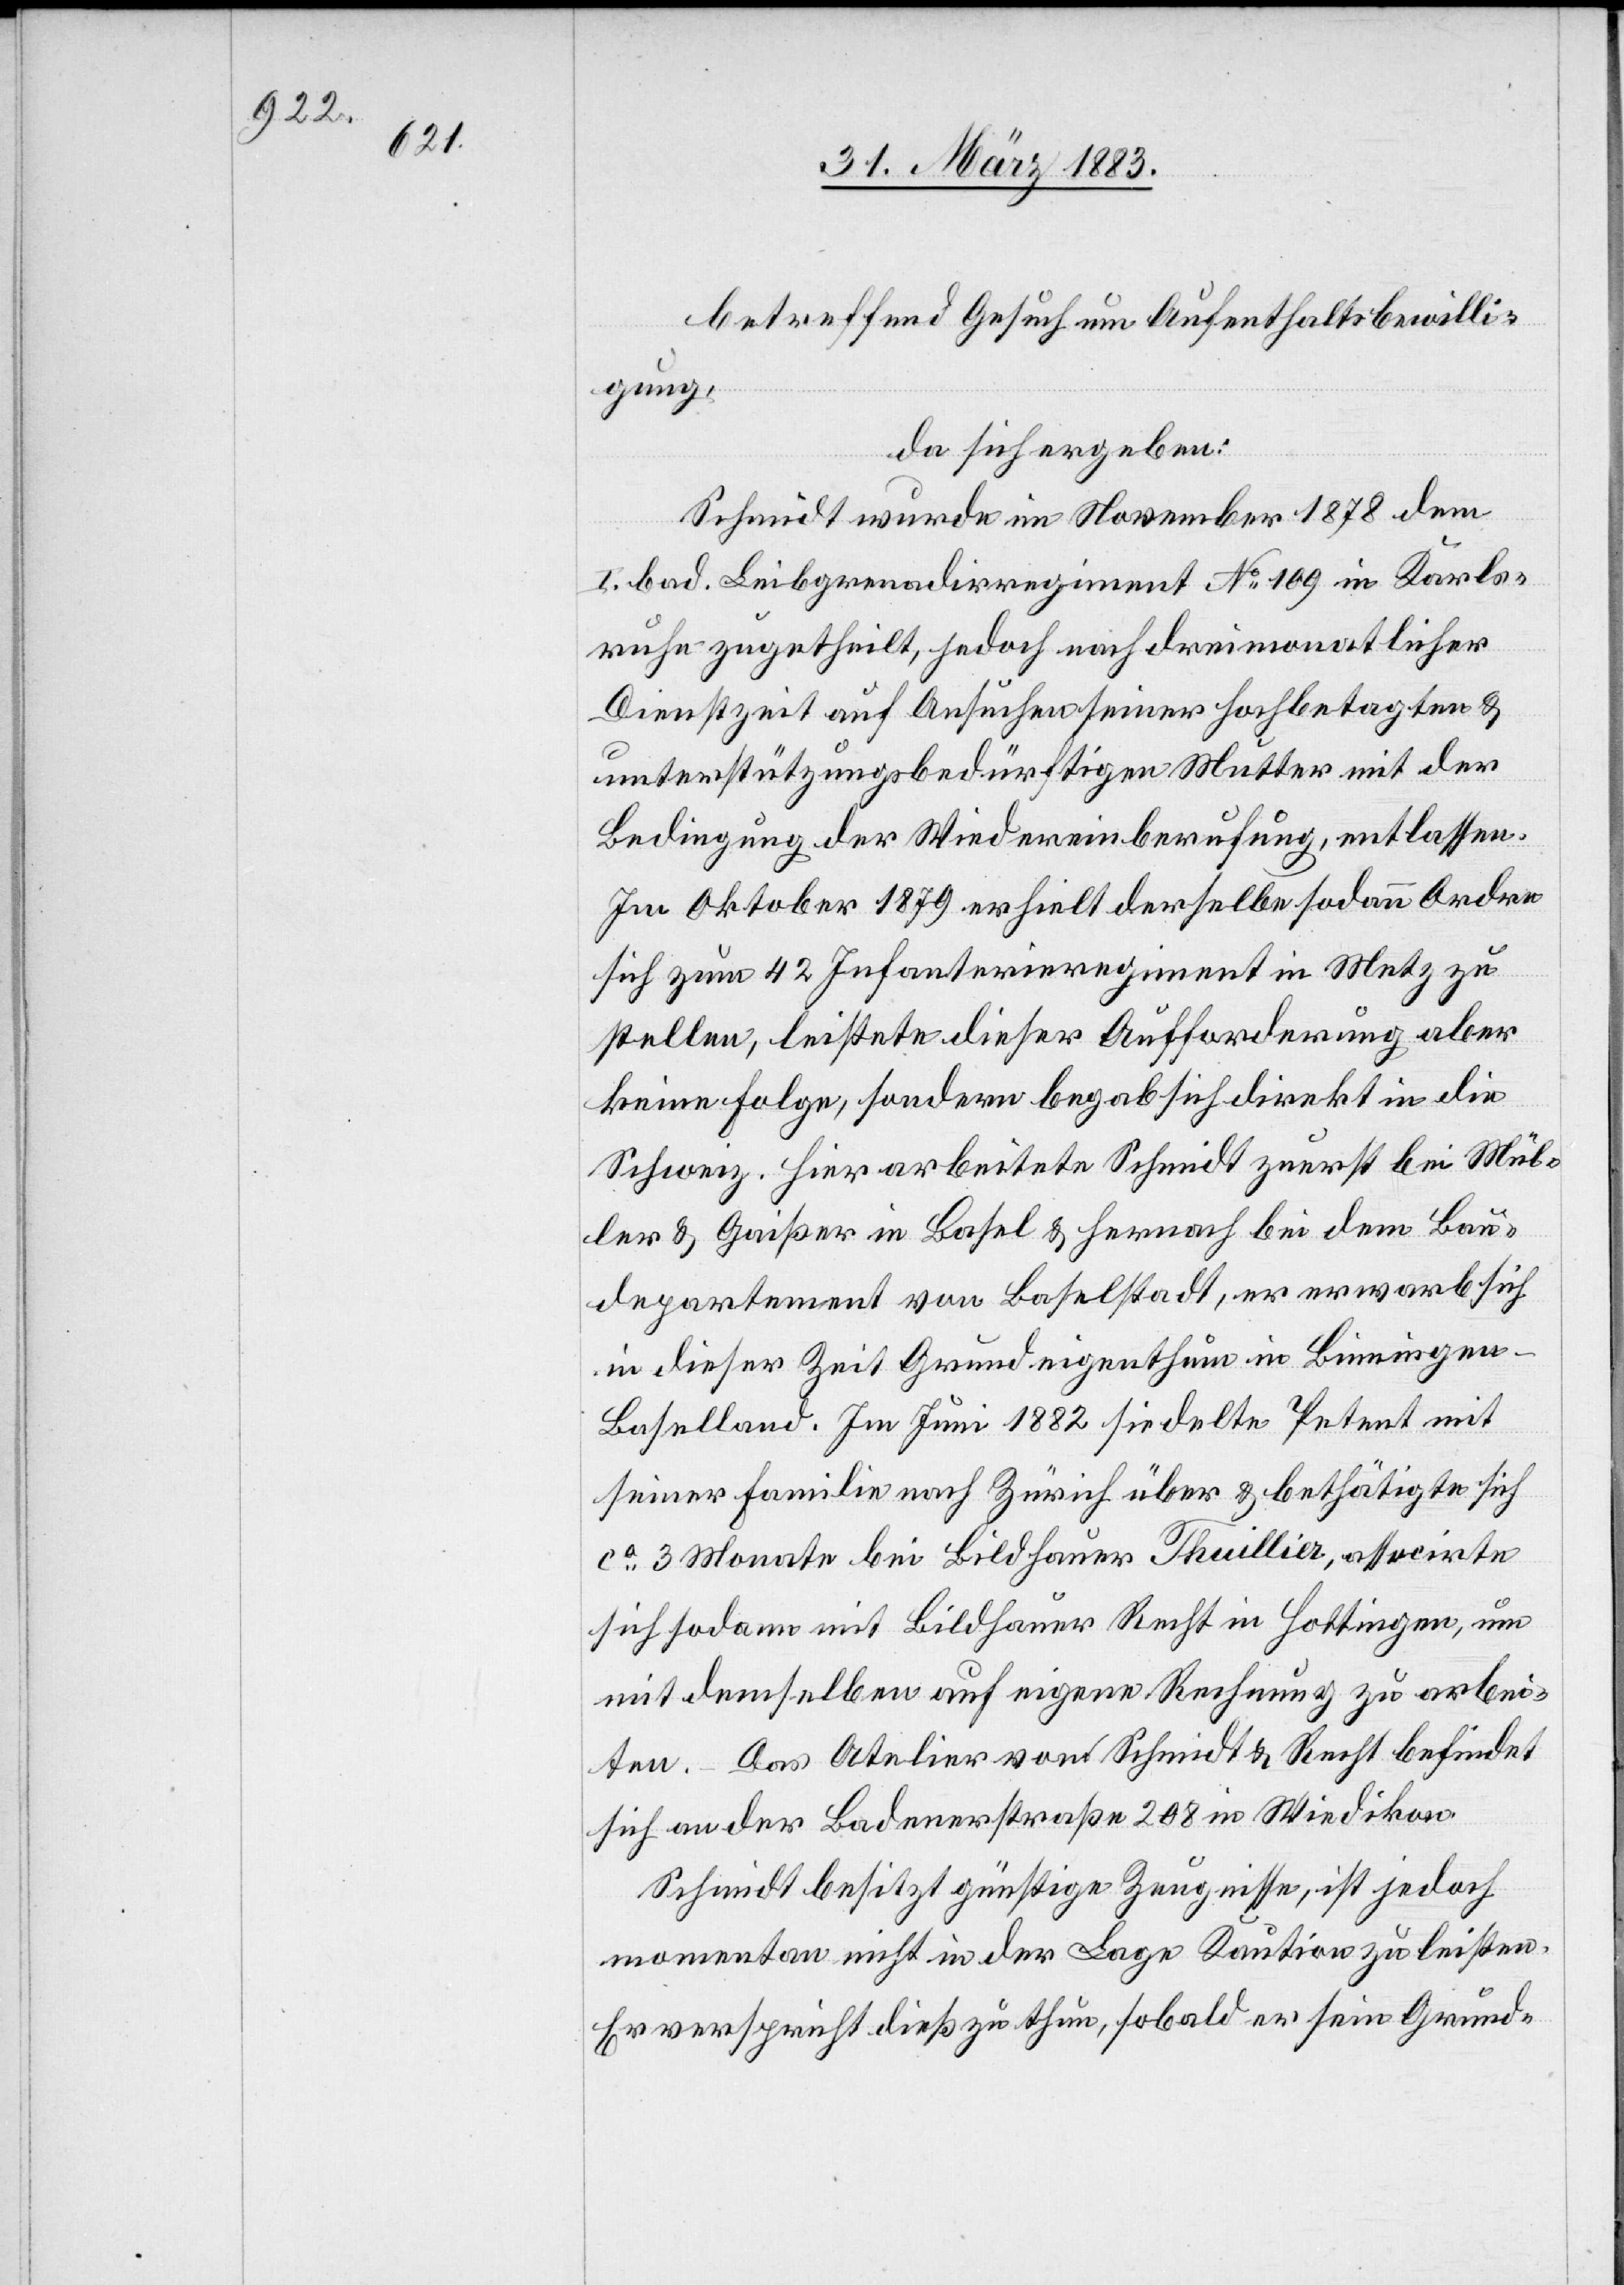
betreffend Gesuch um Aufenthaltsbewilli¬
gung,
da sich ergeben:
Schmidt wurde im November 1878 dem
I. bad. Leibgrenadirregiment No 109 in Karls¬
ruhe zugetheilt, jedoch nach dreimonatlicher
Dienstzeit auf Ansuchen seiner hochbetagten &
unterstützungsbedürftigen Mutter mit der
Bedingung der Wiedereinberufung, entlassen.
Im Oktober 1879 erhielt derselbe sodann Ordre
sich zum 42 Infanterieregiment in Metz zu
stellen, leistete dieser Aufforderung aber
keine Folge, sondern begab sich direkt in die
Schweiz. Hier arbeitete Schmidt zuerst bei Mül¬
ler & Gaißer in Basel & hernach bei dem Bau¬
departement von Baselstadt, er erwarb sich
in dieser Zeit Grundeigenthum in Binningen
Baselland. Im Juni 1882 siedelte Petent mit
seiner Familie nach Zürich über & bethätigte sich
ca 3 Monate bei Bildhauer Thuillier, associrte
sich sodann mit Bildhauer Recht in Hottingen, um
mit demselben auf eigene Rechnung zu arbei¬
ten. Das Atelier von Schmidt & Recht befindet
sich an der Badenerstraße 208 in Wiedikon.
Schmidt besitzt günstige Zeugnisse, ist jedoch
momentan nicht in der Lage Kaution zu leisten.
Er verspricht dieß zu thun, sobald er sein Grund-